system: You are a helpful assistant.
user:
Analyze the provided spectrum to determine if it is a **Carbon Star (C-type)**.

- **Key Visual Indicators of Carbon Star:**
    - **(Primary):** Strong molecular absorption from **C₂ (diatomic carbon) "Swan Bands."** This is the **defining feature** of a carbon star.
        - **(Key Bandheads):** Sharp absorption edges are visible at approximately $5635$ Å, $5165$ Å (the strongest band), and $4737$ Å.
        - **(Line Profile):** Creates a distinct **"saw-tooth"** pattern. The key morphology is a sharp, steep bandhead on the **red (long-wavelength) side**, which then gradually tapers off (i.e., flux recovers) towards the **blue (short-wavelength) side**. *(This is the direct opposite of the TiO bands seen in M-type stars)*.

    - **(Secondary):** Intense **CN (cyanogen)** molecular absorption bands.
        - **(Key Bandheads):** Located in the blue and violet regions of the spectrum (e.g., near $4215$ Å and $3883$ Å).
        - **(Morphology):** These bands are extremely broad and act as a "blanket," absorbing the vast majority of blue and violet light. This creates a characteristic **"cliff"** or **"steep drop-off"** in the spectrum's flux at short wavelengths.

    - **(Key Confirmation):** Strong **CH absorption band (G-band)**.
        - **(Key Bandhead):** Located around $4300$ Å. The contribution from CH molecules to this band is exceptionally strong.

    - **(Overall Spectrum):**
        - The continuum is severely "chopped up" by these deep molecular bands, especially C₂, rather than appearing as a smooth curve.
        - Due to the heavy CN and C₂ absorption in the blue-green, the vast majority of the star's flux is concentrated in the red part of the spectrum, giving the star its characteristic deep red color.

Think first, call **spectral_visualization_tool** if needed to examine features in detail, then provide your final answer. Your response must adhere to the following strict rules:
1.  **Overall Structure:** Your response must follow the format `<think>...</think> <tool_call>...</tool_call> (if a tool is used) <answer>...</answer>`.
2.  **Tool Usage Constraint:** You may only make **one** tool call per turn.
3.  **Final Answer Format:** In the `<answer>` tag, your conclusion must be inside a `\boxed{}` command (e.g., `\boxed{YES}`), followed by your justification.

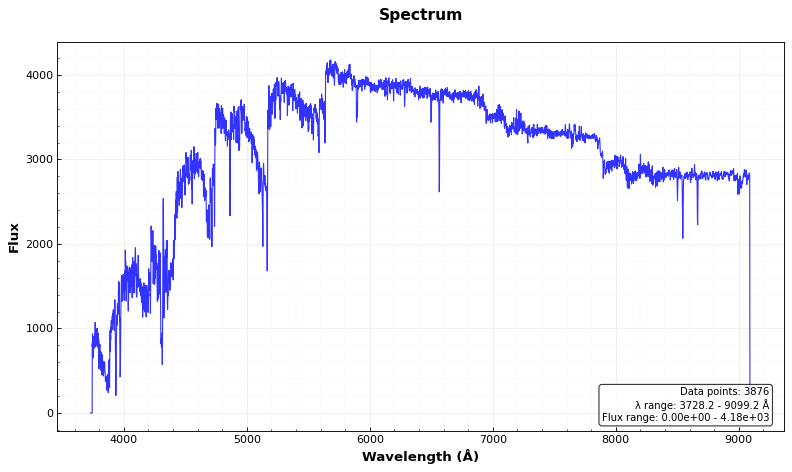
Answer: YES